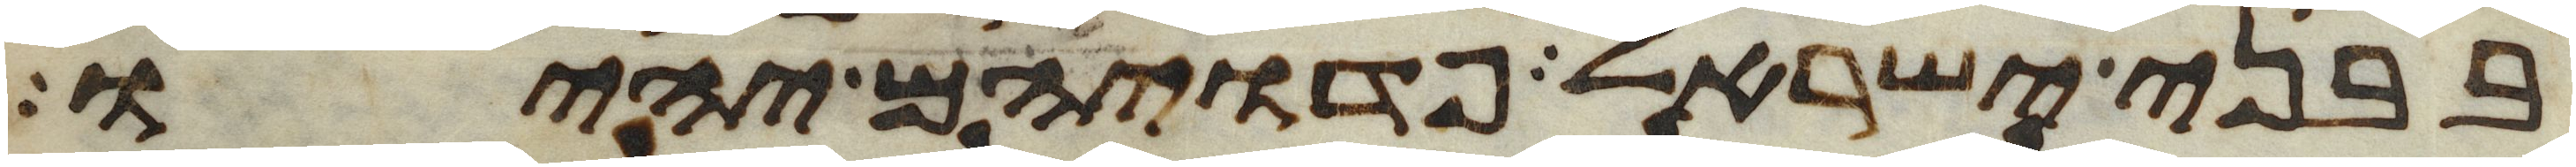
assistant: בבני ישראל פדויהם יהיו